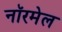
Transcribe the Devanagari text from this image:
नॉरमेल